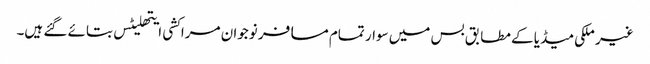
غیر ملکی میڈیا کے مطابق بس میں سوار تمام مسافر نوجوان مراکشی ایتھلیٹس بتائے گئے ہیں۔